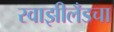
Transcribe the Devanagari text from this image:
स्वाझीलँडचा